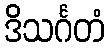
ဒိသင်္ဂတံ